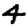
Digit: 4